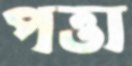
পত্তা